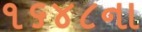
૧૬૪૮ના